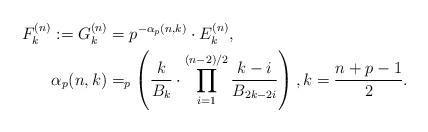
LaTeX: \begin{align*}F_k^{(n)}&:=G_k^{(n)}=p^{-\alpha_p(n,k)}\cdot E_k^{(n)},\\ & \alpha_p(n,k)=_p\left(\frac{k}{B_{k}}\cdot\prod_{i=1}^{(n-2)/2}\frac{k-i}{B_{2k-2i}}\right),k=\frac{n+p-1}{2}.\end{align*}